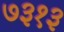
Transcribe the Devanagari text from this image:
७३१३